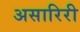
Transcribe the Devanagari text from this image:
असारिरी